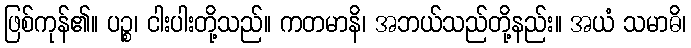
ဖြစ်ကုန်၏။ ပဉ္စ၊ ငါးပါးတို့သည်။ ကတမာနိ၊ အဘယ်သည်တို့နည်း။ အယံ သမာဓိ၊